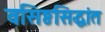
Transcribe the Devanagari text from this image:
वसिष्ठसिद्धांत